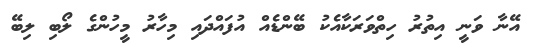
އޭނާ ވަނީ އިތުރު ހިތްވަރަކާއެކު ބޭންޑެއް އުފައްދައި މިހާރު މީހުންގެ ލޯބި ލިބޭ